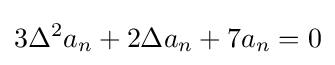
3\Delta ^{2}a_{n}+2\Delta a_{n}+7a_{n}=0